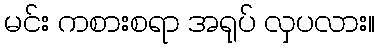
မင်း ကစားစရာ အရုပ် လှပလား။